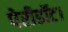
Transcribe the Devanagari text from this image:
पेरीडॉट।